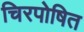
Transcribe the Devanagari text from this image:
चिरपोषित